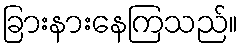
ခြားနားနေကြသည်။